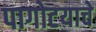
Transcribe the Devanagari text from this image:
पागोटयाचे